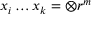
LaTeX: x _ { i } \ldots x _ { k } = \mathbf { \otimes } r ^ { m }